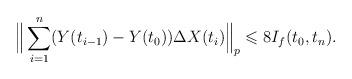
LaTeX: \begin{align*}\Big\|\sum_{i=1}^n(Y(t_{i-1})-Y(t_0))\Delta X(t_{i})\Big\|_p\leqslant 8I_f(t_0,t_n).\end{align*}